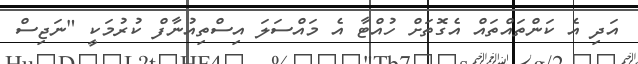
އަދި އެ ކަންތައްތައް އެގޮތަށް ހުއްޓާ އެ މައްސަލަ އިސްތިއުނާފް ކުރުމަކީ "ނަޖިސް